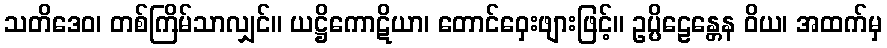
သတိဒေဝ၊ တစ်ကြိမ်သာလျှင်။ ယဋ္ဌိကောဋိယာ၊ တောင်ဝှေးဖျားဖြင့်။ ဥပ္ပိဠေန္တေန ဝိယ၊ အထက်မှ